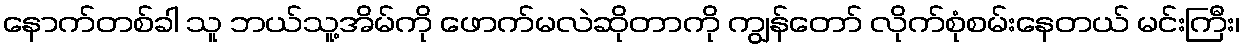
နောက်တစ်ခါ သူ ဘယ်သူ့အိမ်ကို ဖောက်မလဲဆိုတာကို ကျွန်တော် လိုက်စုံစမ်းနေတယ် မင်းကြီး၊